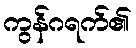
ကွန်ဂရက်၏